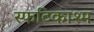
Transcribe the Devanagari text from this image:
स्फटिकाश्म